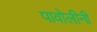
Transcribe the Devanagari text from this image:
पावोलीनी